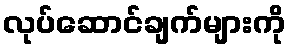
လုပ်ဆောင်ချက်များကို